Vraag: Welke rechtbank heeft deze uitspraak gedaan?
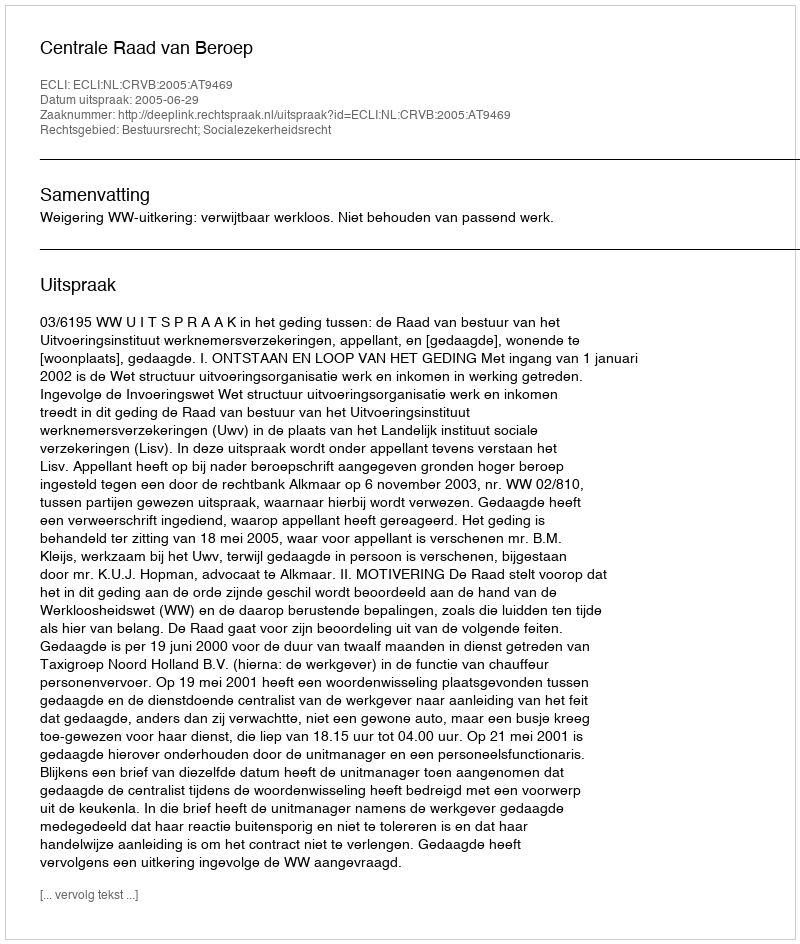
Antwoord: Centrale Raad van Beroep